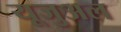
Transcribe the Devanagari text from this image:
यूजुअल